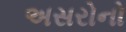
અસરોનો